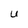
Character: U